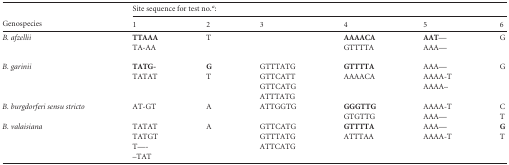
<table><thead><tr><td rowspan="2"><b>Genospecies</b></td><td colspan="6"><b>Site sequence for test no.<sup><i>a</i></sup>:</b></td></tr><tr><td><b>1</b></td><td><b>2</b></td><td><b>3</b></td><td><b>4</b></td><td><b>5</b></td><td><b>6</b></td></tr></thead><tbody><tr><td rowspan="2">B. afzellii</td><td><b>TTAAA</b></td><td>T</td><td></td><td><b>AAAACA</b></td><td><b>AAT</b>—</td><td>G</td></tr><tr><td>TA-AA</td><td></td><td></td><td>GTTTTA</td><td>AAA—</td><td></td></tr><tr><td rowspan="4">B. garinii</td><td><b>TATG-</b></td><td><b>G</b></td><td>GTTTATG</td><td><b>GTTTTA</b></td><td>AAA—</td><td>G</td></tr><tr><td>TATAT</td><td>T</td><td>GTTCATT</td><td>AAAACA</td><td>AAAA-T</td><td></td></tr><tr><td></td><td></td><td>GTTCATG</td><td></td><td>AAAA–</td><td></td></tr><tr><td></td><td></td><td>ATTTATG</td><td></td><td></td><td></td></tr><tr><td rowspan="2">B. burgdorferi sensu stricto</td><td>AT-GT</td><td>A</td><td>ATTGGTG</td><td><b>GGGTTG</b></td><td>AAAA-T</td><td>C</td></tr><tr><td></td><td></td><td></td><td>GTGTTG</td><td>AAA—</td><td>T</td></tr><tr><td rowspan="4">B. valaisiana</td><td>TATAT</td><td>A</td><td>GTTCATG</td><td><b>GTTTTA</b></td><td>AAA—</td><td><b>G</b></td></tr><tr><td>TATGT</td><td></td><td>GTTTATG</td><td>ATTTAA</td><td>AAAA-T</td><td>T</td></tr><tr><td>T—-</td><td></td><td>ATTCATG</td><td></td><td></td><td></td></tr><tr><td>–TAT</td><td></td><td></td><td></td><td></td><td></td></tr></tbody></table>